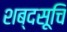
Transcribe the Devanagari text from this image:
शब्दसूचि